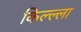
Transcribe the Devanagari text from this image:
किल्ल्‍ला